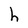
Character: h